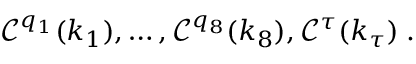
\begin{array} { r } { { \mathcal { C } } ^ { q _ { 1 } } ( k _ { 1 } ) , \ldots , { \mathcal { C } } ^ { q _ { 8 } } ( k _ { 8 } ) , { \mathcal { C } } ^ { \tau } ( k _ { \tau } ) \; . } \end{array}